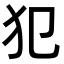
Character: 犯